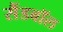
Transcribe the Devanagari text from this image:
सैंडबॉल